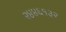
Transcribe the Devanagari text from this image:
२४४६१३२